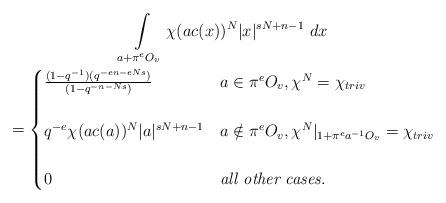
LaTeX: \begin{gather*}\int\limits_{a+\pi^e O_v}\chi(ac(x))^N|x|^{sN+n-1}\ dx\\=\begin{cases}\frac{(1-q^{-1})(q^{-en-eNs})}{(1-q^{-n-Ns})} & a \in \pi^eO_v, \chi^N=\chi_{triv}\\\\q^{-e}\chi(ac(a))^N|a|^{sN+n-1} & a \notin \pi^eO_v, \chi^N|_{1+\pi^ea^{-1}O_v}=\chi_{triv}\\\\0 & \textit{all other cases}.\end{cases}\end{gather*}